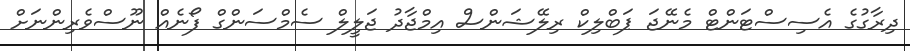
ދިރާގުގެ އެސިސްޓަންޓް މެނޭޖަ ޕަބްލިކް ރިލޭޝަންސް އިމްޖާދު ޖަލީލް ސެމްސަންގް ފޯނެއް ނޫސްވެރިންނަށް